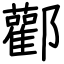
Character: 酄